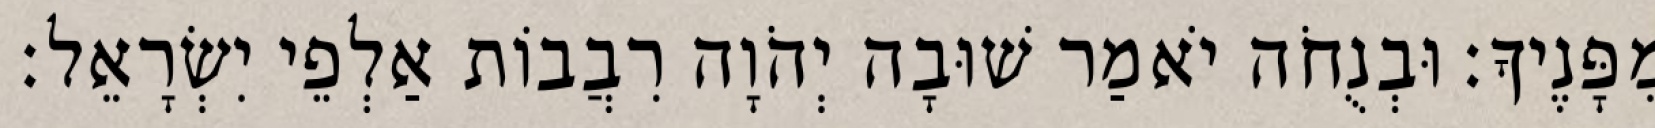
מִפָּנֶיךָ׃ וּבְנֻחֹה יֹאמַר שׁוּבָה יְהֹוָה רִבֲבוֹת אַלְפֵי יִשְׂרָאֵל׃